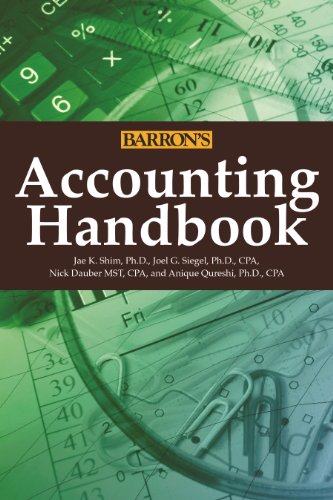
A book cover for Accounting Handbook (Barron's Accounting Handbook); Jae K. Shim Ph.D.; Business & Money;